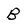
Character: B